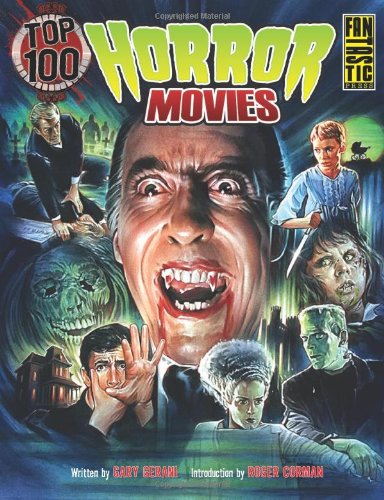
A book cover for Top 100 Horror Movies; Gary Gerani; Humor & Entertainment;